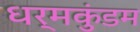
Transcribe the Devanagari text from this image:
धर्मकुंडम